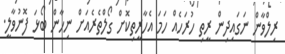
ރިލްވާން ނަގައިދިން ރީތި ހުރަހެއް ހަމަ އެހާރީތިކޮށް ގޯލްތެރެއަށް ނިހާން ބޯޅަ ފޮނުވާލީ.